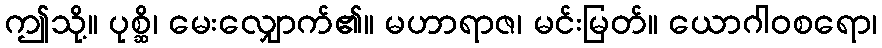
ဤသို့။ ပုစ္ဆိ၊ မေးလျှောက်၏။ မဟာရာဇ၊ မင်းမြတ်။ ယောဂါဝစရော၊